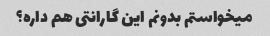
میخواستم بدونم این گارانتی هم داره؟